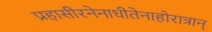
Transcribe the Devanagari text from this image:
प्रहासीरनेनाधीतेनाहोरात्रान्